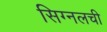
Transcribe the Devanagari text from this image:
सिग्नलची